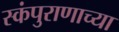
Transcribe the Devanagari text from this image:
स्कंपुराणाच्या